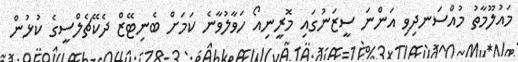
މައުލޫމާތު މުއްސަނދިވި އަންނަ ސީޒަނުގައި މޮރީނިއޯ ހަވާލުވާނެ ކަމަށް ބެނިޓޭޒް ދެކޭޗެލްސީގެ ކުޅުން